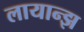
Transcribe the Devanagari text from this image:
लायान्झ